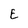
Character: E